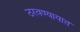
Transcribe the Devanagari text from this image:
ठरवण्यायात